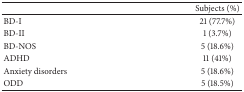
|  | Subjects (%) |
 | --- | --- |
 | BD-I | 21 (77.7%) |
 | BD-II | 1 (3.7%) |
 | BD-NOS | 5 (18.6%) |
 | ADHD | 11 (41%) |
 | Anxiety disorders | 5 (18.6%) |
 | ODD | 5 (18.5%) |